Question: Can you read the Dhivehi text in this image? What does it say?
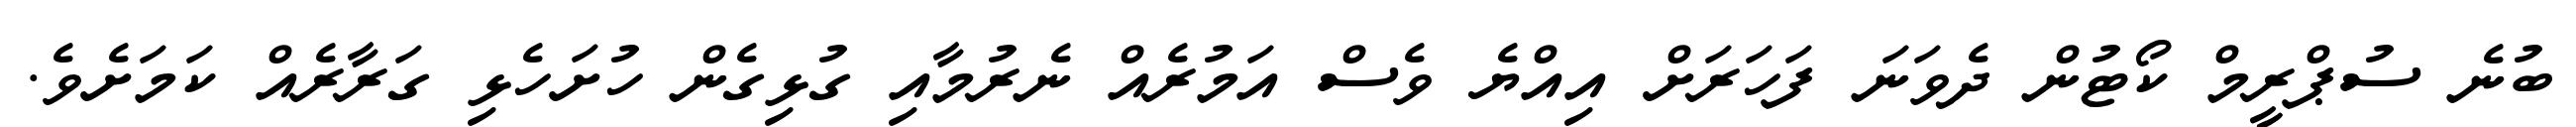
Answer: ބުނެ ސުޕްރީމް ކޯޓުން ދެވަނަ ފަހަރަށް އިއްޔެ ވެސް އަމުރެއް ނެރުމާއި ގުޅިގެން ހުށަހެޅި ގަރާރެއް ކަމަށެވެ.